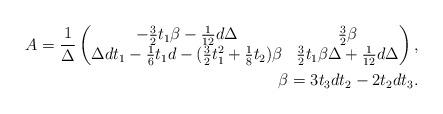
LaTeX: \begin{align*}A=\frac{1}{\Delta}\begin{pmatrix}-\tfrac{3}{2}t_1\beta-\tfrac{1}{12}d\Delta&\tfrac{3}{2}\beta\\ \Delta dt_1-\tfrac{1}{6}t_1d-(\tfrac{3}{2}t_1^2+\tfrac{1}{8}t_2)\beta&\tfrac{3}{2}t_1\beta\Delta+\tfrac{1}{12}d\Delta\end{pmatrix},\\ \beta= 3t_3dt_2-2t_2dt_3.\end{align*}